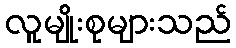
လူမျိုးစုများသည်